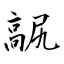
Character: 髛